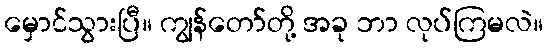
မှောင်သွားပြီ။ ကျွန်တော်တို့ အခု ဘာ လုပ်ကြမလဲ။